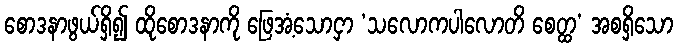
စောဒနာဖွယ်ရှိ၍ ထိုစောဒနာကို ဖြေအံ့သောငှာ ‘သလောကပါလောတိ စေတ္ထ’ အစရှိသော